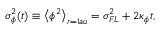
\sigma _ { \phi } ^ { 2 } ( t ) \equiv \left< \phi ^ { 2 } \right> _ { r = 1 a u } = \sigma _ { F L } ^ { 2 } + 2 \kappa _ { \phi } t ,